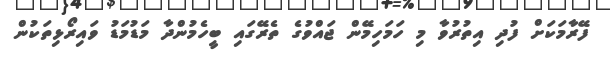
ފޭރާމަކަށް ފުދި އިތުރުވާ މި ހަމަހިމޭން ޖައްވުގެ ތެރޭގައި ބީހެމުންދާ މަޑުމަޑު ވައިރޯޅިތަކުން